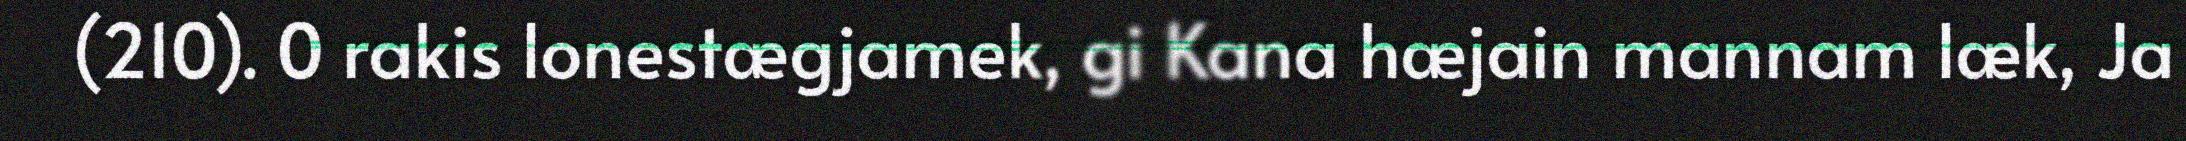
(210). 0 rakis lonestægjamek, gi Kana hæjain mannam læk, Ja